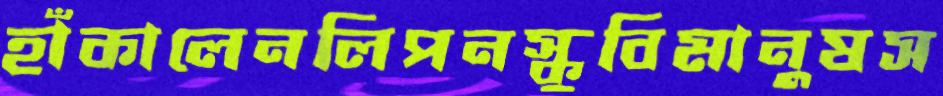
হাঁকালেনলিপনস্কুবিমানুষস